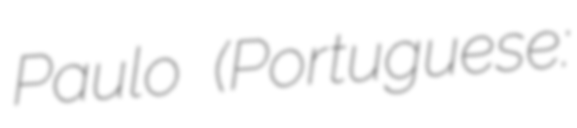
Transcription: Paulo (Portuguese: